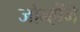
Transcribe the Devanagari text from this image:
जोन्होंने